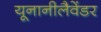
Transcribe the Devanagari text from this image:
यूनानीलैवेंडर